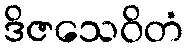
ဒိဇသေဝိတံ